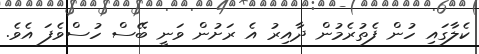
ކެލާގައި ހުން ފެތުރެމުން ދާއިރު އެ ރަށުން ވަނީ ބޭސް ހުސްވެފަ އެވެ.